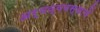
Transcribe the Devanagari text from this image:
अर्थव्यवस्थायें